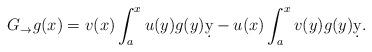
LaTeX: \begin{align*} G_\rightarrow g(x)=v(x)\int_a^xu(y)g(y)\d y-u(x)\int_a^xv(y)g(y)\d y.\end{align*}